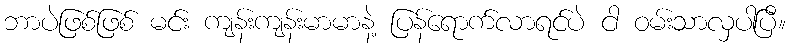
ဘာပဲဖြစ်ဖြစ် မင်း ကျန်းကျန်းမာမာနဲ့ ပြန်ရောက်လာရင်ပဲ ငါ ဝမ်းသာလှပါပြီ။